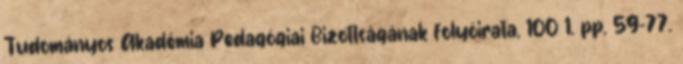
Tudományos Akadémia Pedagógiai Bizottságának folyóirata, 100 1. pp. 59-77.